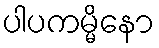
ပါပကမ္မိနော